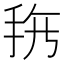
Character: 𱟲